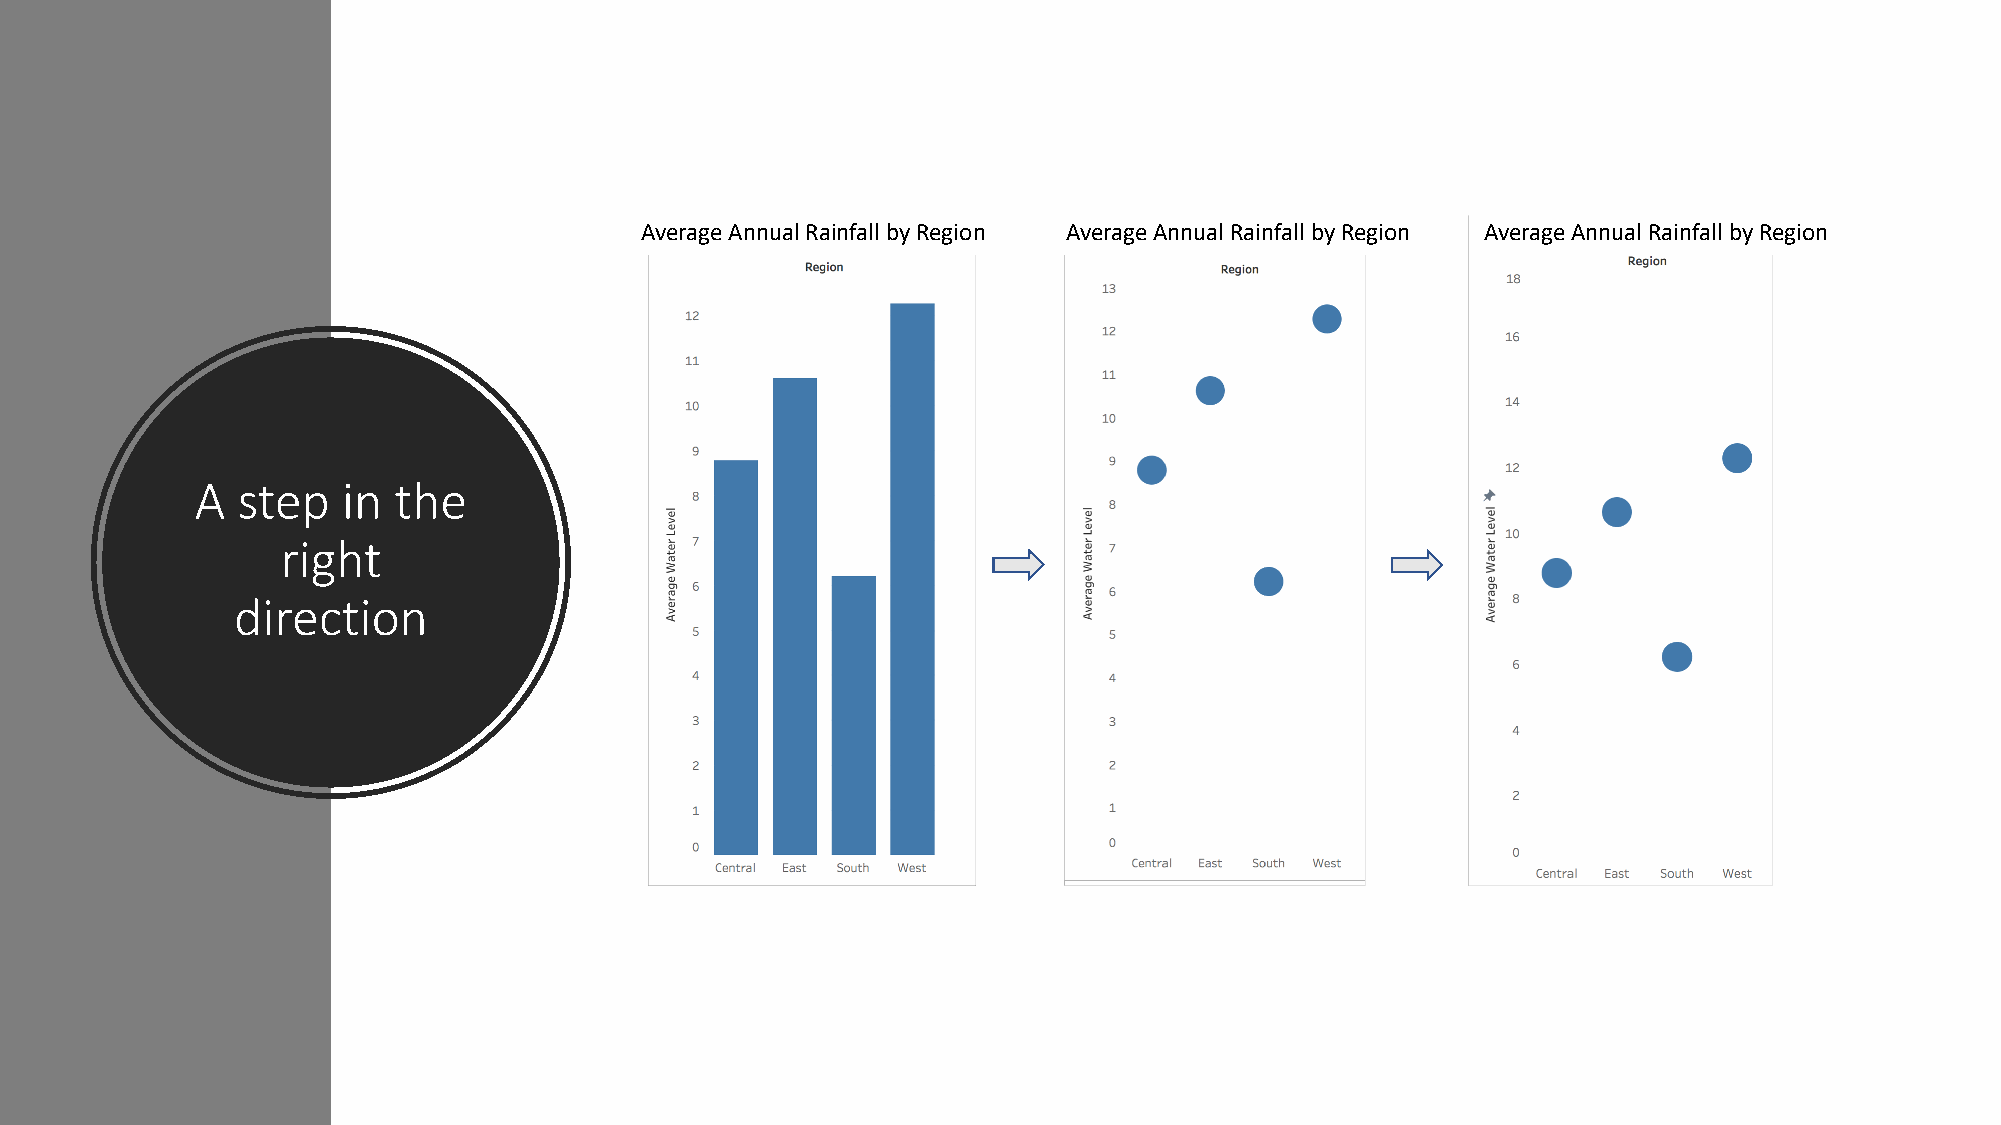
Average Annual Rainfall by Region Average Annual Rainfall by Region Average Annual Rainfall by Region
 A  step   in the
 right
 direction